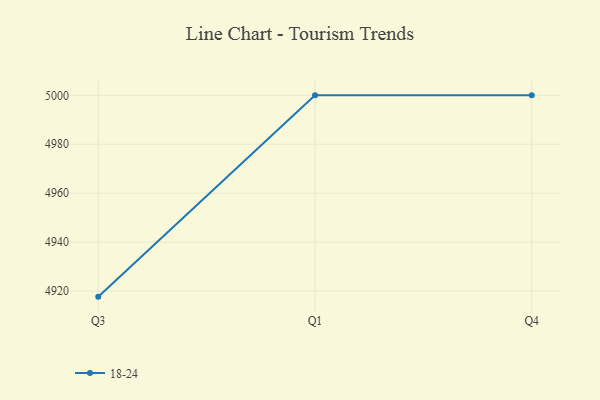
{"axis": {"x": "Quarter", "y": "Revenue (USD Million)"}, "legend": ["18-24"], "data": [{"x": "Q3", "y": 4917.7, "type": "18-24"}, {"x": "Q1", "y": 5000, "type": "18-24"}, {"x": "Q4", "y": 5000, "type": "18-24"}]}